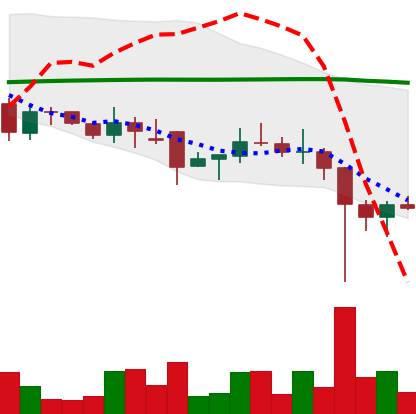
Ticker: DOGE-USD
Chart end date: 2021-12-07
Forward return: -3.911%
Label: down_3_5